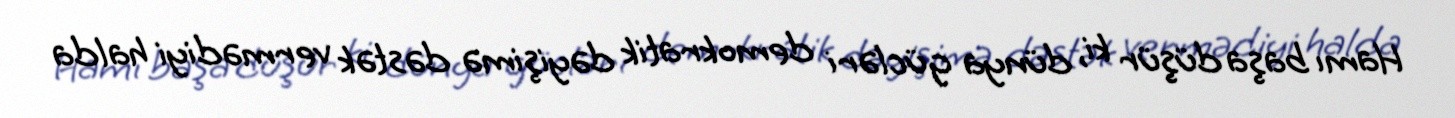
Hamı başa düşür ki, dünya gücləri demokratik dəyişimə dəstək vermədiyi halda